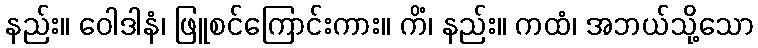
နည်း။ ဝေါဒါနံ၊ ဖြူစင်ကြောင်းကား။ ကိံ၊ နည်း။ ကထံ၊ အဘယ်သို့သော